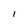
Character: l